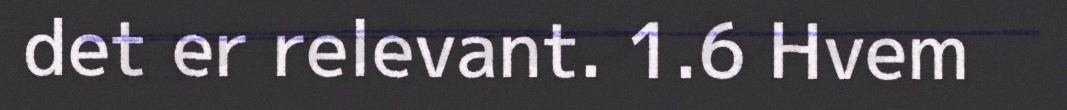
det er relevant. 1.6 Hvem